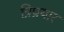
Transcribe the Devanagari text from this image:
त्रिप्रयार